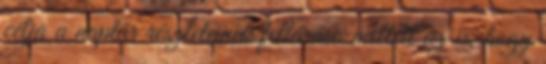
célja a naptár részleteinek feltárása mellett az is, hogy